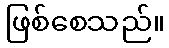
ဖြစ်စေသည်။